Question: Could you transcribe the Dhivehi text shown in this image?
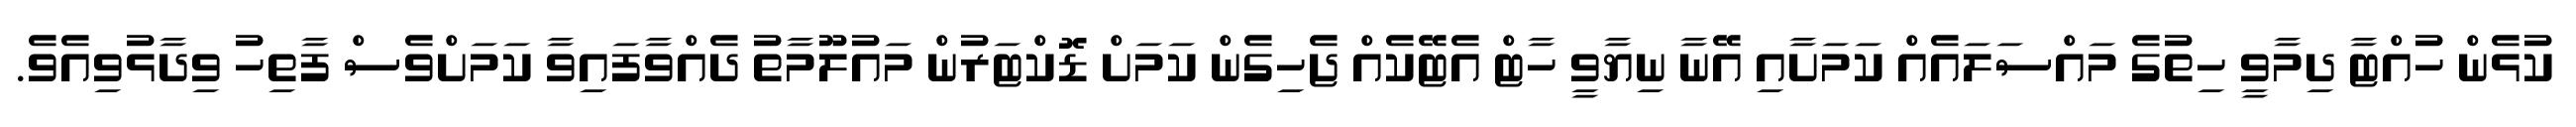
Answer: ކުޅެން ހުއްޓާ ދިމާވީ ހިތުގެ މައްސަލައެއް ކަމަށާއި އޭނާ ނިޔާވީ ހާޓް އެޓޭކެއް ޖެހިގެން ކަމަށް ޑޮކްޓަރުން މައުލޫމާތު ދެއްވާފައިވާ ކަމަށްވެސް ފާތިހު ވިދާޅުވިއެވެ.